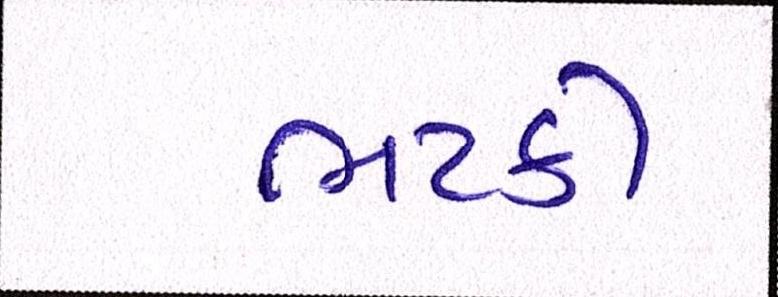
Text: ભટકી